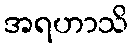
အရဟာသိ